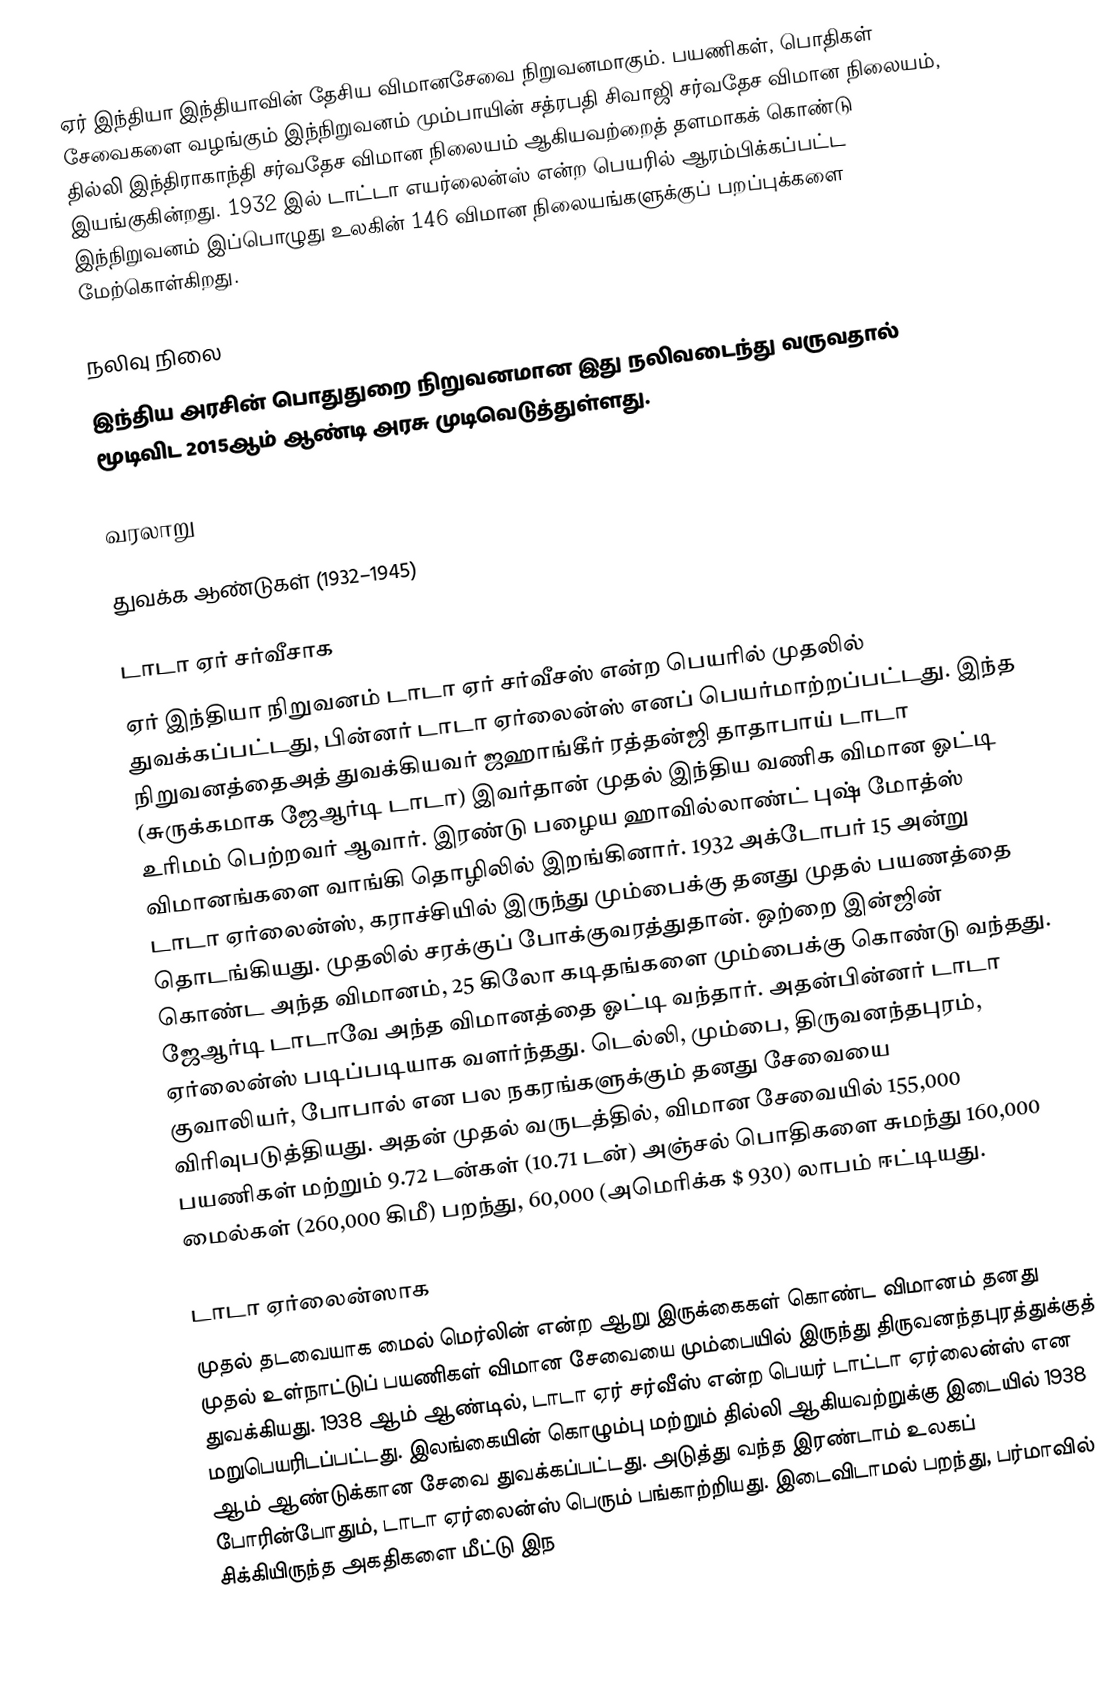
ஏர் இந்தியா இந்தியாவின் தேசிய விமானசேவை நிறுவனமாகும். பயணிகள், பொதிகள் சேவைகளை வழங்கும் இந்நிறுவனம் மும்பாயின் சத்ரபதி சிவாஜி சர்வதேச விமான நிலையம், தில்லி இந்திராகாந்தி சர்வதேச விமான நிலையம் ஆகியவற்றைத் தளமாகக் கொண்டு இயங்குகின்றது. 1932 இல் டாட்டா எயர்லைன்ஸ் என்ற பெயரில் ஆரம்பிக்கப்பட்ட இந்நிறுவனம் இப்பொழுது உலகின் 146 விமான நிலையங்களுக்குப் பறப்புக்களை மேற்கொள்கிறது.

நலிவு நிலை
இந்திய அரசின் பொதுதுறை நிறுவனமான இது நலிவடைந்து வருவதால் மூடிவிட 2015ஆம் ஆண்டி அரசு முடிவெடுத்துள்ளது.

வரலாறு

துவக்க ஆண்டுகள் (1932–1945)

டாடா ஏர் சர்வீசாக
ஏர் இந்தியா நிறுவனம் டாடா ஏர் சர்வீசஸ் என்ற பெயரில் முதலில் துவக்கப்பட்டது, பின்னர் டாடா ஏர்லைன்ஸ் எனப் பெயர்மாற்றப்பட்டது. இந்த நிறுவனத்தைஅத் துவக்கியவர் ஜஹாங்கீர் ரத்தன்ஜி தாதாபாய் டாடா (சுருக்கமாக ஜேஆர்டி டாடா) இவர்தான் முதல் இந்திய வணிக விமான ஓட்டி உரிமம் பெற்றவர் ஆவார்.   இரண்டு பழைய ஹாவில்லாண்ட் புஷ் மோத்ஸ் விமானங்களை வாங்கி தொழிலில் இறங்கினார். 1932 அக்டோபர் 15 அன்று டாடா ஏர்லைன்ஸ், கராச்சியில் இருந்து மும்பைக்கு தனது முதல் பயணத்தை தொடங்கியது. முதலில் சரக்குப் போக்குவரத்துதான். ஒற்றை இன்ஜின் கொண்ட அந்த விமானம், 25 கிலோ கடிதங்களை மும்பைக்கு கொண்டு வந்தது. ஜேஆர்டி டாடாவே அந்த விமானத்தை ஓட்டி வந்தார். அதன்பின்னர் டாடா ஏர்லைன்ஸ் படிப்படியாக வளர்ந்தது. டெல்லி, மும்பை, திருவனந்தபுரம், குவாலியர், போபால் என பல நகரங்களுக்கும் தனது சேவையை விரிவுபடுத்தியது.  அதன் முதல் வருடத்தில், விமான சேவையில் 155,000 பயணிகள் மற்றும் 9.72 டன்கள் (10.71 டன்) அஞ்சல் பொதிகளை சுமந்து 160,000 மைல்கள் (260,000 கிமீ) பறந்து, 60,000 (அமெரிக்க $ 930) லாபம் ஈட்டியது.

டாடா ஏர்லைன்ஸாக
முதல் தடவையாக மைல் மெர்லின் என்ற ஆறு இருக்கைகள் கொண்ட விமானம் தனது முதல் உள்நாட்டுப் பயணிகள் விமான சேவையை மும்பையில் இருந்து திருவனந்தபுரத்துக்குத் துவக்கியது.  1938 ஆம் ஆண்டில், டாடா ஏர் சர்வீஸ் என்ற பெயர் டாட்டா ஏர்லைன்ஸ் என மறுபெயரிடப்பட்டது. இலங்கையின்  கொழும்பு மற்றும் தில்லி ஆகியவற்றுக்கு இடையில் 1938 ஆம் ஆண்டுக்கான சேவை துவக்கப்பட்டது. அடுத்து வந்த இரண்டாம் உலகப் போரின்போதும், டாடா ஏர்லைன்ஸ் பெரும் பங்காற்றியது. இடைவிடாமல் பறந்து, பர்மாவில் சிக்கியிருந்த அகதிகளை மீட்டு இந